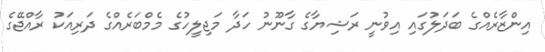
އިންޒާރެއްގެ ބަދަލުގައި އިވުނީ ރަޝިޔާގެ ގާނޫނު ހަދާ މަޖިލީހުގެ މެމްބަރެއްގެ ދަރިއަކު ރާއްޖޭގެ